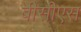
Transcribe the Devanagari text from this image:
बीसीएस